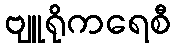
ဗျူရိုကရေစီ